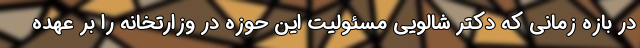
در بازه زمانی که دکتر شالویی مسئولیت این حوزه در وزارتخانه را بر عهده